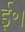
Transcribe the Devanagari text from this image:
ई॰।